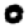
Digit: 0